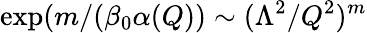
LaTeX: \exp(m/(\beta_{0}\alpha(Q))\sim(\Lambda^{2}/Q^{2})^{m}